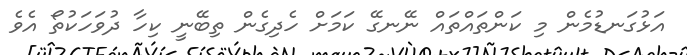
އަޅުގަނޑުމެން މި ކަންތައްތައް ނޭނގޭ ކަމަށް ހެދިގެން ތިބޭނީ ކިހާ ދުވަހަކުތޯ އެވެ